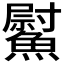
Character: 𩻍